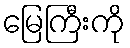
မြေကြီးကို